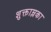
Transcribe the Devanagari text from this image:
शुक्ताम्लका